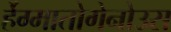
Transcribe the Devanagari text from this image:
र्हेग्मातोगेनोउस